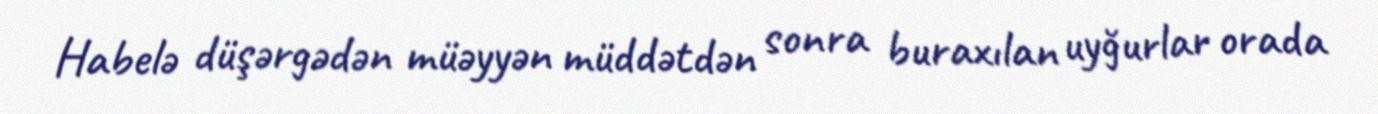
Habelə düşərgədən müəyyən müddətdən sonra buraxılan uyğurlar orada